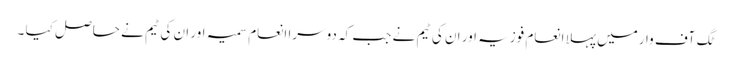
ٹگ آف وارمیں پہلا انعام فوزیہ اور ان کی ٹیم نے جب کہ دوسرا انعام سمیہ اور ان کی ٹیم نے حاصل کیا ۔